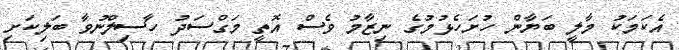
އެކަމަކު މާލީ ބަޔާން ހުށަހެޅުމުގެ ނިޒާމު ވެސް އޮތީ މަގްސަދު ހާސިލްނުވާ ބަލިކަށި